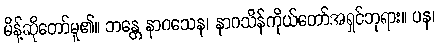
မိန့်ဆိုတော်မူ၏။ ဘန္တေ နာဂသေန၊ နာဂသိန်ကိုယ်တော်အရှင်ဘုရား။ ပန၊